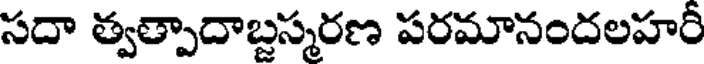
సదా త్వత్పాదాబ్దస్మరణ పరమానందలహరీ